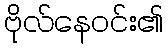
ဗိုလ်နေဝင်း၏